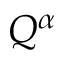
Q ^ { \alpha }